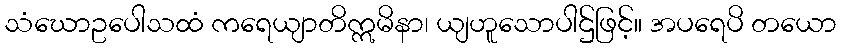
သံဃောဥပေါသထံ ကရေယျာတိဣမိနာ၊ ယျဟူသောပါဌ်ဖြင့်။ အပရေပိ တယော